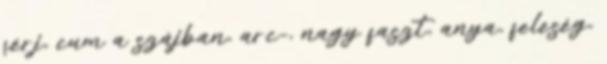
férj, cum a szájban, arc-, nagy faszt, anya, feleség,